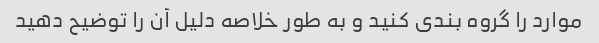
موارد را گروه بندی کنید و به طور خلاصه دلیل آن را توضیح دهید